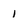
Character: 1